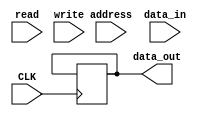
module MEMBANK(
    input CLK,
    
    input [7:0]     address,
    input [15:0]    data_in,
    input           read,
    input           write,
    
    output reg [15:0]   data_out
    //output reg status   
);
reg [15:0] memory [255:0];      //256x16bit memory
reg [1:0] flag;                 //write, read

initial data_out = 16'hzzzz;    //disconnect data_out initially

initial begin
    memory[8'h00] = 16'h0321;
    memory[8'h01] = 16'h1421;
    
    memory[8'hFF] = 16'h0040;
    memory[8'hFE] = 16'h0020;
end

initial flag = 2'b00;

//Check for control unit signals, toggle flag to write or read on next clk cycle
always@(posedge write)  flag[1] = 1;
always@(posedge read)   flag[0] = 1;


always@(posedge CLK) begin
    if(flag[1]) begin
        memory[address] = data_in;
        data_out = 16'hzzzz;    
        
        flag[1] = 0;
    end
    if(flag[0]) begin
        data_out = memory[address];
                
        flag[0] = 0;
    end


end
/*
always@(posedge CLK) begin  
    
    casez( {write, read} )
        2'b11: data_out = 16'hzzzz;
        2'b1?:  begin
                    memory[address] = data_in;
                    data_out = 16'hzzzz;
                end
        2'b?1: data_out = memory[address];
        default: data_out = 16'hzzzz;
    
    endcase

end
*/


endmodule